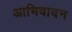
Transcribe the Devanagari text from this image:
आभिवादन